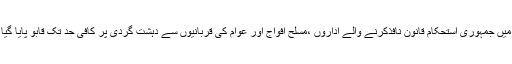
ملک میں جمہوری استحکام قانون نافذکرنے والے اداروں ،مسلح افواج اور عوام کی قربانیوں سے دہشت گردی پر کافی حد تک قابو پایا گیا ہے ۔